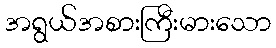
အရွယ်အစားကြီးမားသော